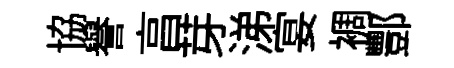
協譽亯芽涕宴裯酆